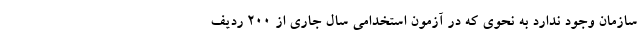
سازمان وجود ندارد به نحوی که در آزمون استخدامی سال جاری از ۲۰۰ ردیف